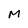
Character: M